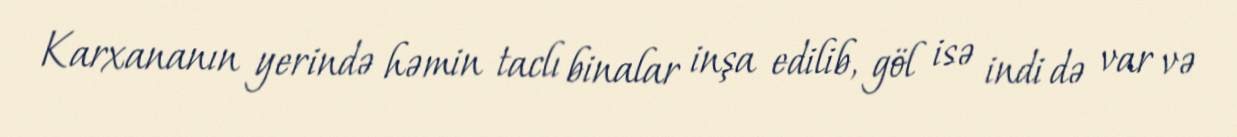
Karxananın yerində həmin taclı binalar inşa edilib, göl isə indi də var və